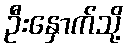
ဦးနှောက်သို့